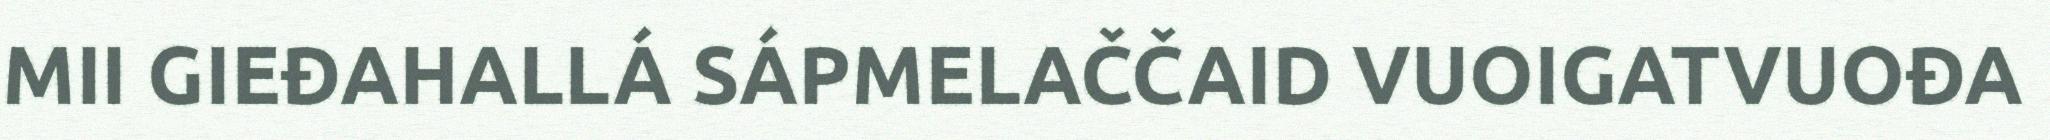
MII GIEĐAHALLÁ SÁPMELAČČAID VUOIGATVUOĐA